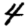
Digit: 4